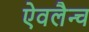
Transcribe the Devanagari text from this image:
ऐवलैन्च